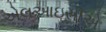
એલઆઇસીએ